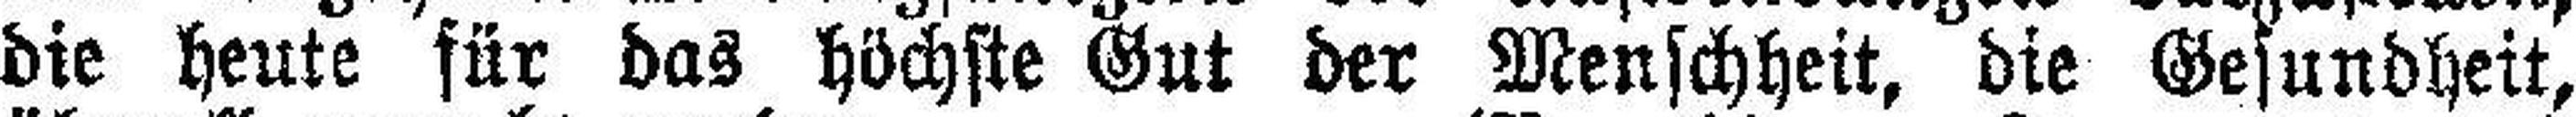
die heute für das höchste Gut der Menschheit, die Gesundheit,